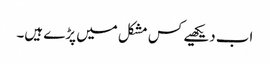
اب دیکھیے کس مشکل میں پڑے ہیں۔